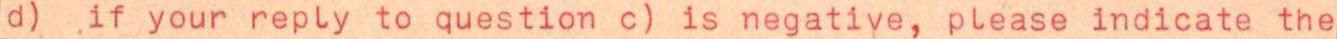
d) .if your reply to question c) is negative, please indicate the